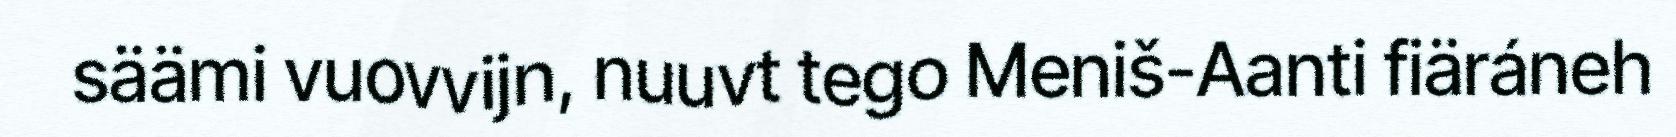
säämi vuovvijn, nuuvt tego Meniš-Aanti fiäráneh